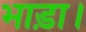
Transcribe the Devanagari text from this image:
भाड़ा।